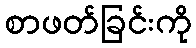
စာဖတ်ခြင်းကို